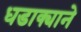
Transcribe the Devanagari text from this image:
धडाक्याने